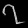
Digit: ၇